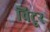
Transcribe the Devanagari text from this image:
विटूर